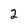
Character: 2